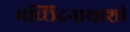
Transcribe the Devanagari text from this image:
मच्छिंद्रनाथाशी